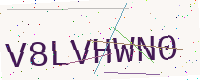
Text: V8LVHWN0